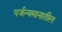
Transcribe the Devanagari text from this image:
पर्जन्यमानातील